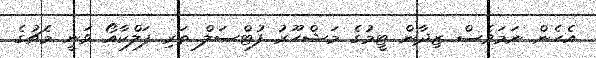
އެހެން ނަމަވެސް ޒިދާން ޓީމުގެ މަޝްހޫރު ފުޓްސަލް ތަރި ފަލްކާއޯ ވަނީ މެޗުގެ